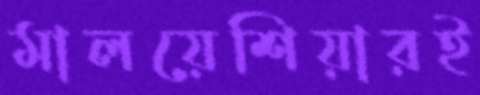
মালয়েশিয়ারই